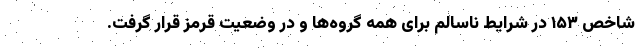
شاخص ۱۵۳ در شرایط ناسالم برای همه گروه‌ها و در وضعیت قرمز قرار گرفت.